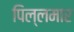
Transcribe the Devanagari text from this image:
पिल्लमार